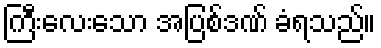
ကြီးလေးသော အပြစ်ဒဏ် ခံရသည်။